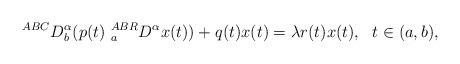
LaTeX: \begin{align*} ~~^{ABC}D^\alpha_b (p(t)~^{ABR}_{a}D^\alpha x(t))+q(t)x(t)=\lambda r(t) x(t),~~t\in (a,b),\end{align*}